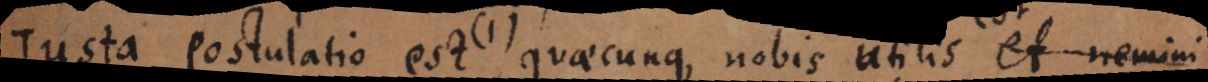
ulatio est 1) quaecunque nobis utilis et nemini